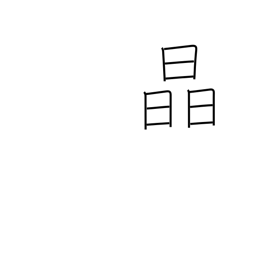
Meaning: crystal